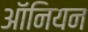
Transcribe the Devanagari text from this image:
ऑनियन